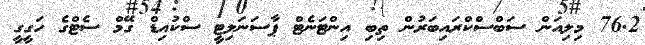
76.2 މިލިއަން ސަބްސްކްރައިބަރުން ތިބި އިންޓަނެޓް ޕާސަނަލިޓީ ސްކުއިޑް ގޭމް ސެޓްގެ ހަގީގީ